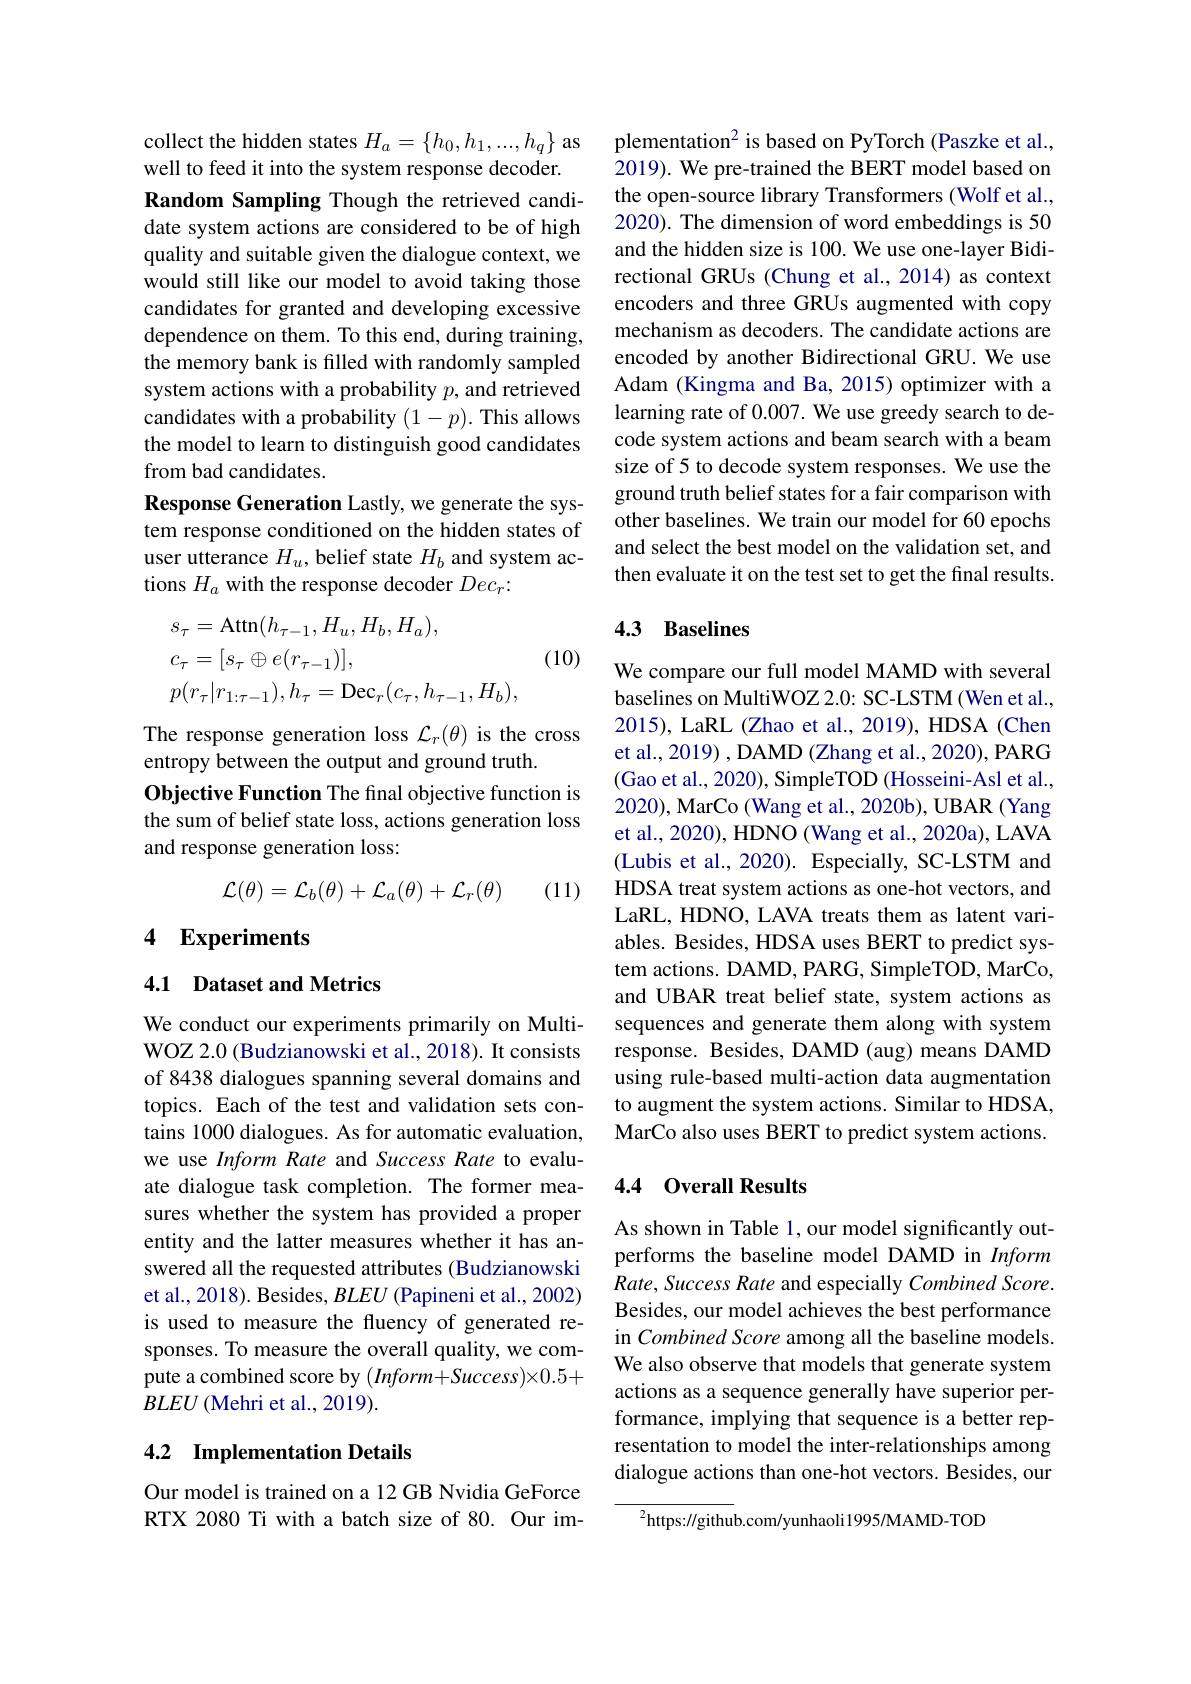
collect the hidden states $H_a=\{h_0,h_1,...,h_q\}$ as well to feed it into the system response decoder. Random Sampling Though the retrieved candidate system actions are considered to be of high quality and suitable given the dialogue context, we would still like our model to avoid taking those candidates for granted and developing excessive dependence on them. To this end, during training, the memory bank is filled with randomly sampled system actions with a probability $p$, and retrieved candidates with a probability $(1-p).$ This allows the model to learn to distinguish good candidates from bad candidates.
Response Generation Lastly, we generate the system response conditioned on the hidden states of user utterance $H_u$, belief state $H_b$ and system actions $H_a$ with the response decoder $Dec_r{:}$

(10)
$$\begin{aligned}&s_{\tau}=\mathrm{Attn}(h_{\tau-1},H_{u},H_{b},H_{a}),\\&c_{\tau}=[s_{\tau}\oplus e(r_{\tau-1})],\\&p(r_{\tau}|r_{1:\tau-1}),h_{\tau}=\mathrm{Dec}_{r}(c_{\tau},h_{\tau-1},H_{b}),\end{aligned}$$
The response generation loss $\mathcal{L}_r(\theta)$ is the cross
entropy between the output and ground truth.
Objective Function The final objective function is the sum of belief state loss, actions generation loss and response generation loss:
$$\mathcal{L}(\theta)=\mathcal{L}_{b}(\theta)+\mathcal{L}_{a}(\theta)+\mathcal{L}_{r}(\theta)$$
(11)

## 4 Experiments

4.1 Dataset and Metrics

We conduct our experiments primarily on MultiWOZ 2.0 (Budzianowski et al., 2018). It consists of 8438 dialogues spanning several domains and topics. Each of the test and validation sets contains 1000 dialogues. As for automatic evaluation, we use Inform Rate and Success Rate to evaluate dialogue task completion. The former measures whether the system has provided a proper entity and the latter measures whether it has answered all the requested attributes (Budzianowski et al., 2018). Besides, $BLEU$ (Papineni et al., 2002) is used to measure the fluency of generated responses. To measure the overall quality, we compute a combined score by $(Inform+Success)\times0.5+$ $BLEU$ (Mehri et al., 2019).

## 4.2 Implementation Details

Our model is trained on a 12 GB Nvidia GeForce RTX 2080 Ti with a batch size of 80. Our im-

$plementation^2 is based on PyTorch (Paszke et al.$, 2019). We pre-trained the BERT model based on the open-source library Transformers (Wolf et al., 2020). The dimension of word embeddings is 50 and the hidden size is 100. We use one-layer Bidirectional GRUs (Chung et al., 2014) as context encoders and three GRUs augmented with copy mechanism as decoders. The candidate actions are encoded by another Bidirectional GRU. We use Adam (Kingma and Ba, 2015) optimizer with a learning rate of 0.007. We use greedy search to decode system actions and beam search with a beam size of 5 to decode system responses. We use the ground truth belief states for a fair comparison with other baselines. We train our model for 60 epochs and select the best model on the validation set, and then evaluate it on the test set to get the final results.

## 4.3 Baselines

We compare our full model MAMD with several baselines on MultiWOZ 2.0: SC-LSTM (Wen et al., 2015), LaRL (Zhao et al., 2019), HDSA (Chen et al., 2019) , DAMD (Zhang et al., 2020), PARG (Gao et al., 2020), SimpleTOD (Hosseini-Asl et al., 2020), MarCo (Wang et al., 2020b), UBAR (Yang et al., 2020), HDNO (Wang et al., 2020a), LAVA (Lubis et al., 2020). Especially, SC-LSTM and HDSA treat system actions as one-hot vectors, and LaRL, HDNO, LAVA treats them as latent variables. Besides, HDSA uses BERT to predict system actions. DAMD, PARG, SimpleTOD, MarCo, and UBAR treat belief state, system actions as sequences and generate them along with system response. Besides, DAMD (aug) means DAMD using rule-based multi-action data augmentation to augment the system actions. Similar to HDSA, MarCo also uses BERT to predict system actions.

### 4.4 0verall Results

As shown in Table 1, our model significantly outperforms the baseline model DAMD in Inform Rate, Success Rate and especially Combined Score. Besides, our model achieves the best performance in Combined Score among all the baseline models. We also observe that models that generate system actions as a sequence generally have superior performance, implying that sequence is a better representation to model the inter-relationships among dialogue actions than one-hot vectors. Besides, our

$^{2}$https://github.com/yunhaoli1995/MAMD-TOD